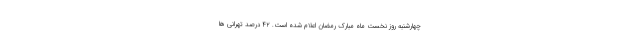
چهارشنبه روز نخست ماه مبارک رمضان اعلام شده است. 42 درصد تهرانی ها